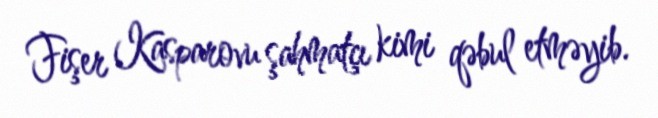
Fişer Kasparovu şahmatçı kimi qəbul etməyib.